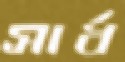
সার্ধ